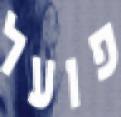
פועל